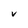
Character: V